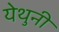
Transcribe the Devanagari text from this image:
येथुनी